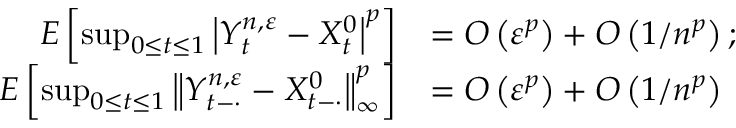
\begin{array} { r l } { E \left[ \operatorname* { s u p } _ { 0 \leq t \leq 1 } \left| Y _ { t } ^ { n , \varepsilon } - X _ { t } ^ { 0 } \right| ^ { p } \right] } & { = O \left( \varepsilon ^ { p } \right) + O \left( 1 / n ^ { p } \right) ; } \\ { E \left[ \operatorname* { s u p } _ { 0 \leq t \leq 1 } \left\| Y _ { t - \cdot } ^ { n , \varepsilon } - X _ { t - \cdot } ^ { 0 } \right\| _ { \infty } ^ { p } \right] } & { = O \left( \varepsilon ^ { p } \right) + O \left( 1 / n ^ { p } \right) } \end{array}